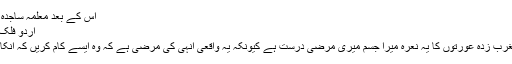
اس کے بعد معلمہ ساجدہ پر وین اسلامک کلچرل سینٹر اور
اردو فلک ڈاٹ‌نیٹ اسلامی صفحہ کی ایڈیٹر
نے گفتگو کی انہوں نے کہا کہ مغرب زدہ عورتوں کا یہ نعرہ میرا جسم میری مرضی درست ہے کیونکہ یہ واقعی انہی کی مرضی ہے کہ وہ ایسے کام کریں کہ انکا جسم جہنم میں جائے یا جنت میں۔